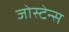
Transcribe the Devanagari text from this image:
जोस्टेन्स